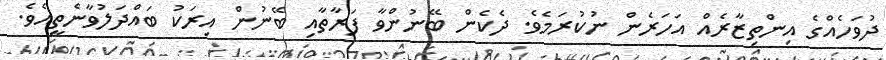
ދުވަހެއްގެ އިންތިޒާރެއް އަހަރެން ނުކުރަމެވެ. ދެކެން ބޭނުންވާ ފަރާތާއި ބޭނުން އިރަކު ބައްދަލުވާނެތީއެވެ.